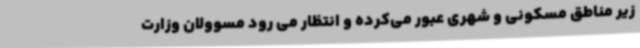
زیر مناطق مسکونی و شهری عبور می‌کرده و انتظار می رود مسوولان وزارت